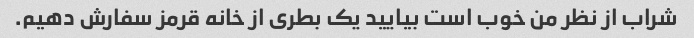
شراب از نظر من خوب است بیایید یک بطری از خانه قرمز سفارش دهیم.